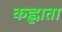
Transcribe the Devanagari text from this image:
कह्लाता